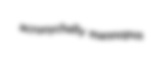
acronychally mannopus